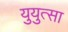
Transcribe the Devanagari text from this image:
युयुत्सा